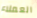
العملاء